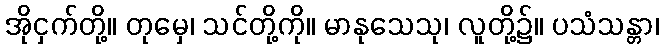
အိုငှက်တို့။ တုမှေ၊ သင်တို့ကို။ မာနုသေသု၊ လူတို့၌။ ပသံသန္တာ၊